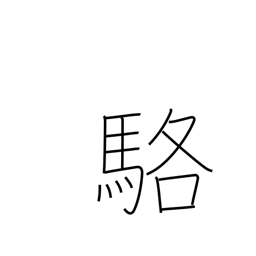
Meaning: white horse